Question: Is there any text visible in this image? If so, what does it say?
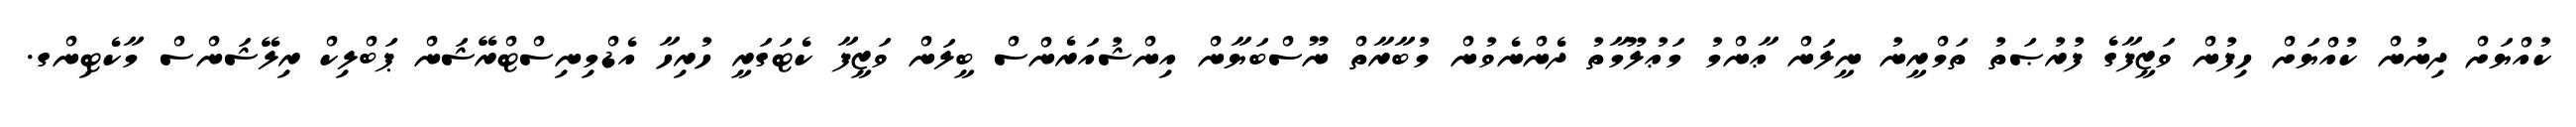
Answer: ކުއްޔަށް ދިނުން ކުއްޔަށް ހިފުން ވަޒީފާގެ ފުރުޞަތު ތަމްރީނު ނީލަން ޢާންމު މަޢުލޫމާތު ދެންނެވުން މުބާރާތް ނޫސްބަޔާން އިންޝުއަރެންސް ބީލަން ވަޒީފާ ކެޓަގަރީ ހުރިހާ އެޑްމިނިސްޓްރޭޝަން ޕަބްލިކް ރިލޭޝަންސް މާކެޓިންގ.